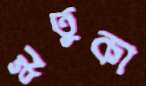
ঋতুকা